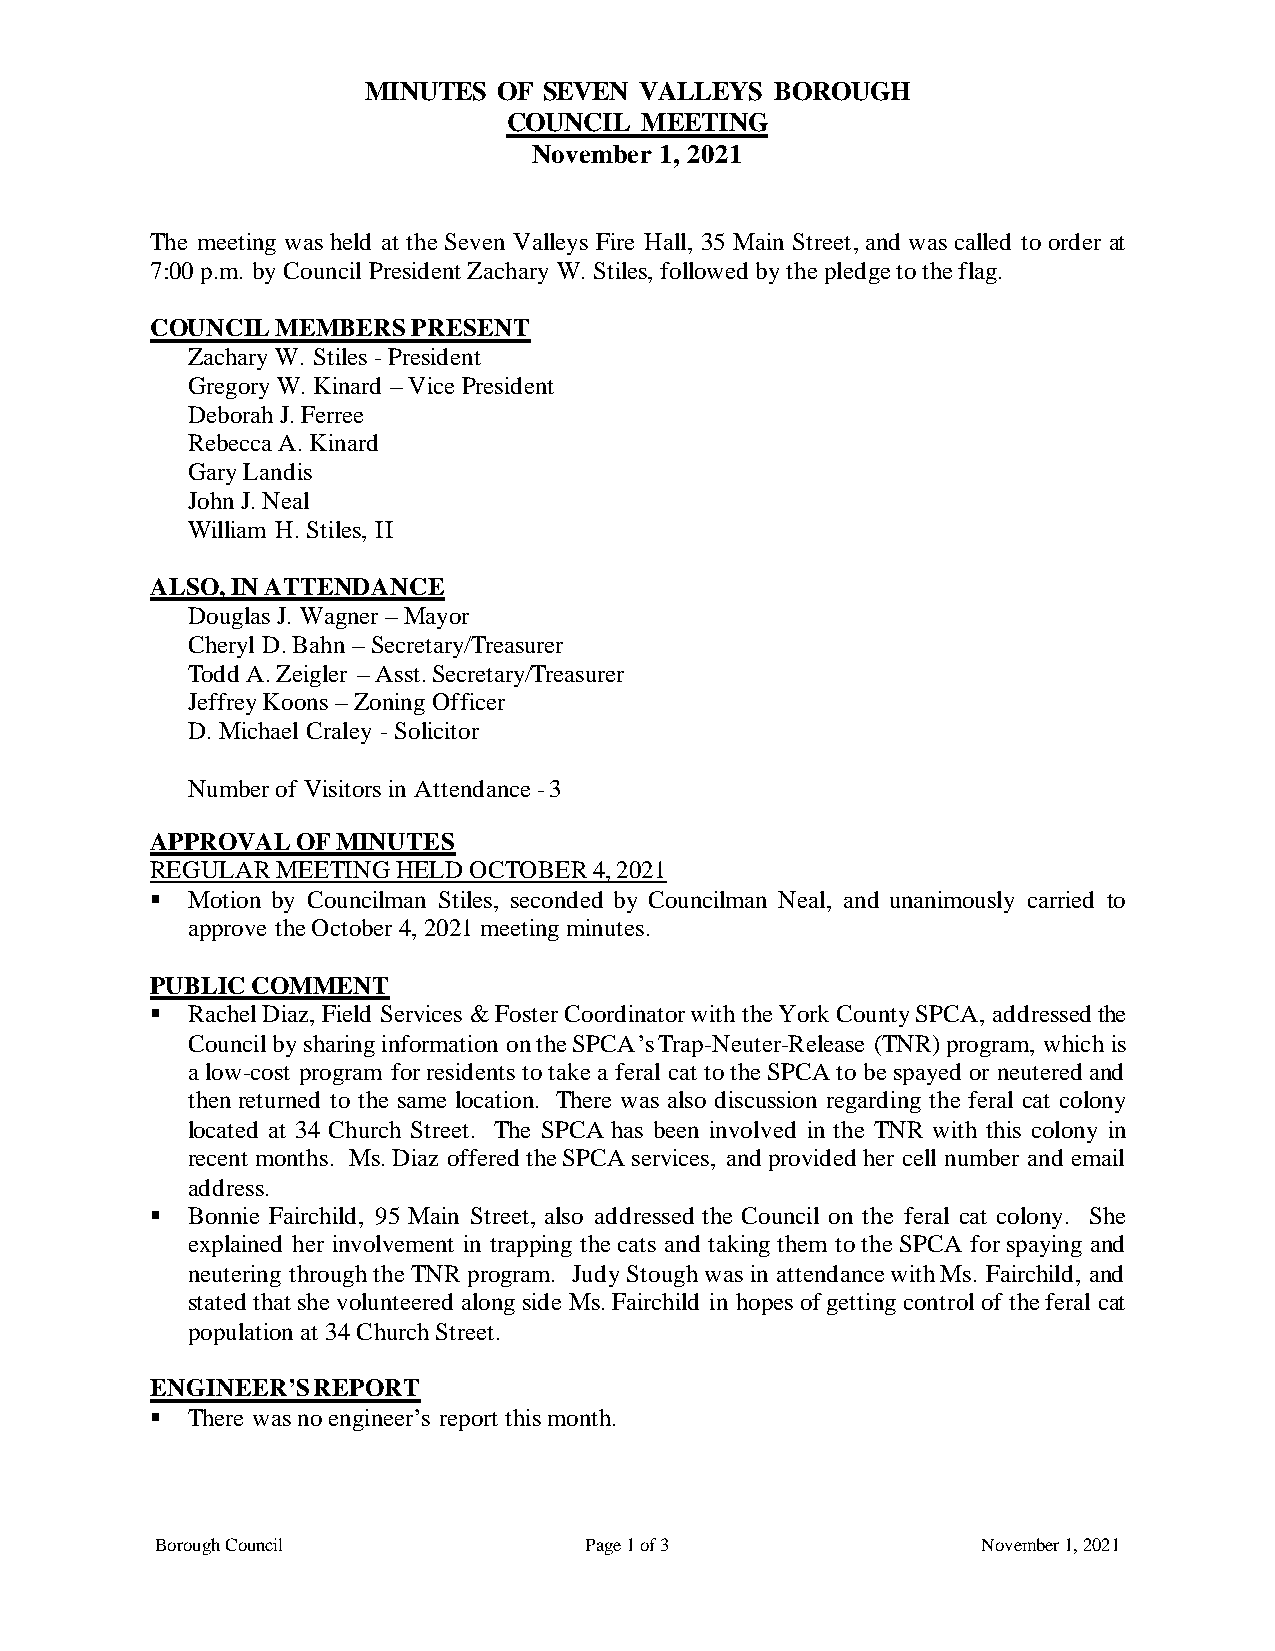
MINUTES  OF SEVEN VALLEYS  BOROUGH
 COUNCIL MEETING
 November 1, 2021
 The meeting was held at the Seven Valleys Fire Hall, 35 Main Street, and was called to order at
 7:00 p.m. by Council President Zachary W. Stiles, followed by the pledge to the flag.
 COUNCIL MEMBERS  PRESENT
 Zachary W. Stiles - President
 Gregory W. Kinard – Vice President
 Deborah J. Ferree
 Rebecca A. Kinard
 Gary Landis
 John J. Neal
 William H. Stiles, II
 ALSO, IN ATTENDANCE
 Douglas J. Wagner – Mayor
 Cheryl D. Bahn – Secretary/Treasurer
 Todd A. Zeigler – Asst. Secretary/Treasurer
 Jeffrey Koons – Zoning Officer
 D. Michael Craley - Solicitor
 Number of Visitors in Attendance - 3
 APPROVAL  OF MINUTES
 REGULAR MEETING HELD OCTOBER 4, 2021
 ▪ Motion by Councilman Stiles, seconded by Councilman Neal, and unanimously carried to
 approve the October 4, 2021 meeting minutes.
 PUBLIC COMMENT
 ▪ Rachel Diaz, Field Services & Foster Coordinator with the York County SPCA, addressed the
 Council by sharing information on the SPCA’s Trap-Neuter-Release (TNR) program, which is
 a low-cost program for residents to take a feral cat to the SPCA to be spayed or neutered and
 then returned to the same location. There was also discussion regarding the feral cat colony
 located at 34 Church Street. The SPCA has been involved in the TNR with this colony in
 recent months. Ms. Diaz offered the SPCA services, and provided her cell number and email
 address.
 ▪ Bonnie Fairchild, 95 Main Street, also addressed the Council on the feral cat colony. She
 explained her involvement in trapping the cats and taking them to the SPCA for spaying and
 neutering through the TNR program. Judy Stough was in attendance with Ms. Fairchild, and
 stated that she volunteered along side Ms. Fairchild in hopes of getting control of the feral cat
 population at 34 Church Street.
 ENGINEER’S REPORT
 ▪ There was no engineer’s report this month.
 Borough Council              Page 1 of 3               November 1, 2021